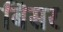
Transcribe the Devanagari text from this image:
बिंसर